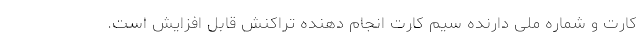
کارت و شماره ملی دارنده سیم کارت انجام دهنده تراکنش قابل افزایش است.